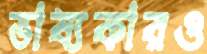
ভাষ্যকারও